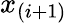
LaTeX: x_{(i+1)}